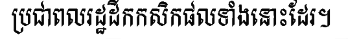
ប្រជាពលរដ្ឋដឹកកសិកផលទាំងនោះដែរ។